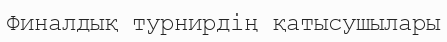
Финалдық турнирдің қатысушылары